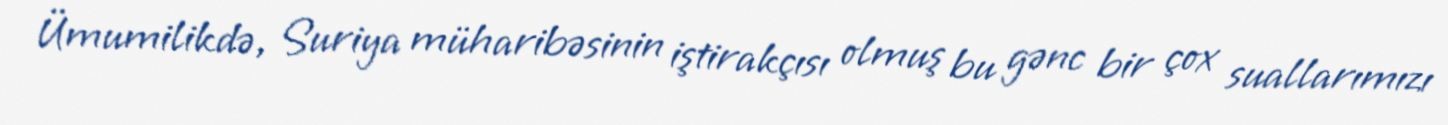
Ümumilikdə, Suriya müharibəsinin iştirakçısı olmuş bu gənc bir çox suallarımızı